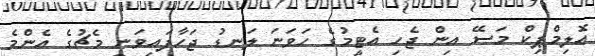
އޮލިމްޕިކް މަސޭ އިން ޖެހި އެޓީމުގެ ހަވަނަ ލަނޑު ޖަހާފައިވަނީ މެޗުގެ އެންމެ